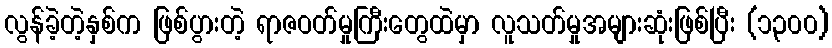
လွန်ခဲ့တဲ့နှစ်က ဖြစ်ပွားတဲ့ ရာဇဝတ်မှုကြီးတွေထဲမှာ လူသတ်မှုအများဆုံးဖြစ်ပြီး (၁၃၀၀)